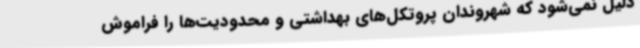
دلیل نمی‌شود که شهروندان پروتکل‌های بهداشتی و محدودیت‌ها را فراموش